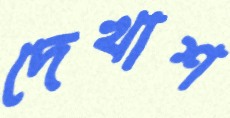
দেখাশ